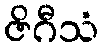
ဇိဂီသံ